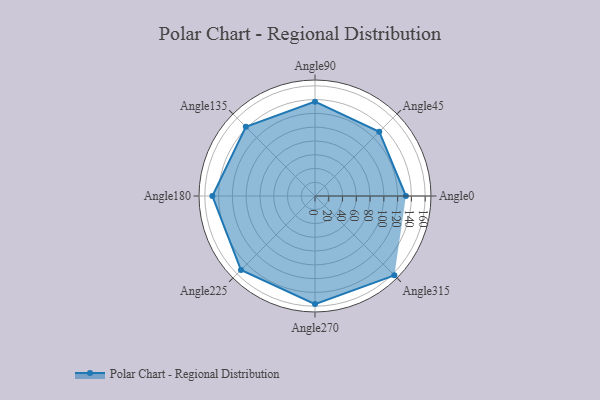
{"axis": {"x": "Angle", "y": "Radius"}, "legend": [""], "data": [{"x": "Angle0", "y": 132.0, "type": ""}, {"x": "Angle45", "y": 132.0, "type": ""}, {"x": "Angle90", "y": 137.0, "type": ""}, {"x": "Angle135", "y": 142.0, "type": ""}, {"x": "Angle180", "y": 149.0, "type": ""}, {"x": "Angle225", "y": 152.0, "type": ""}, {"x": "Angle270", "y": 157.0, "type": ""}, {"x": "Angle315", "y": 163.0, "type": ""}]}